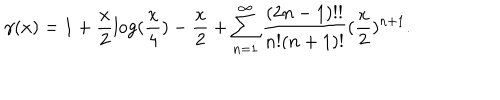
LaTeX: \gamma ( x ) = 1 + \frac { x } { 2 } \log ( \frac { x } { 4 } ) - \frac { x } { 2 } + \sum _ { n = 1 } ^ { \infty } \frac { ( 2 n - 1 ) ! ! } { n ! ( n + 1 ) ! } ( \frac { x } { 2 } ) ^ { n + 1 } .